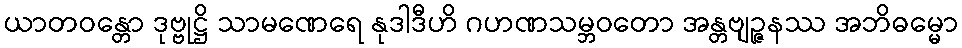
ယာတဝန္တော ဒုဗ္ဗုဋ္ဌိ သာမဏေရေ နုဒါဒီဟိ ဂဟဏသမ္ဘဝတော အန္တဗျဉ္ဇနဿ အဘိဓမ္မော